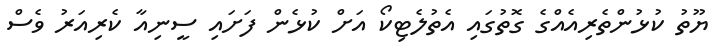
ޔޫތު ކުޅުންތެރިއެއްގެ ގޮތުގައި އެތުލެޓިކޯ އަށް ކުޅެން ފަށައި ސީނިއާ ކެރިއަރު ވެސް